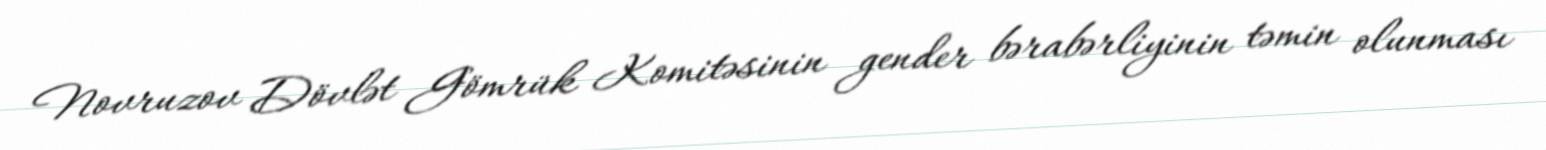
Novruzov Dövlət Gömrük Komitəsinin gender bərabərliyinin təmin olunması